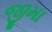
જીમા